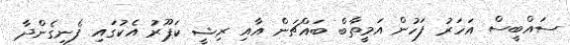
ސައްބީސް އަހަރު ފަހުން އަމީތާބް ބައްޗަން އާއި ރިޝީ ކަޕޫރު އެކުގައި ފެނިގެންދާ